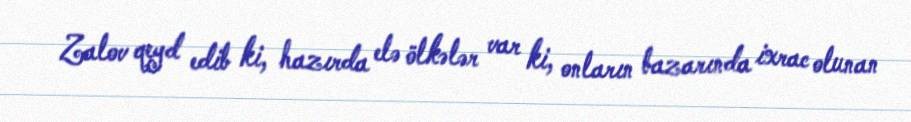
Zalov qeyd edib ki, hazırda elə ölkələr var ki, onların bazarında ixrac olunan